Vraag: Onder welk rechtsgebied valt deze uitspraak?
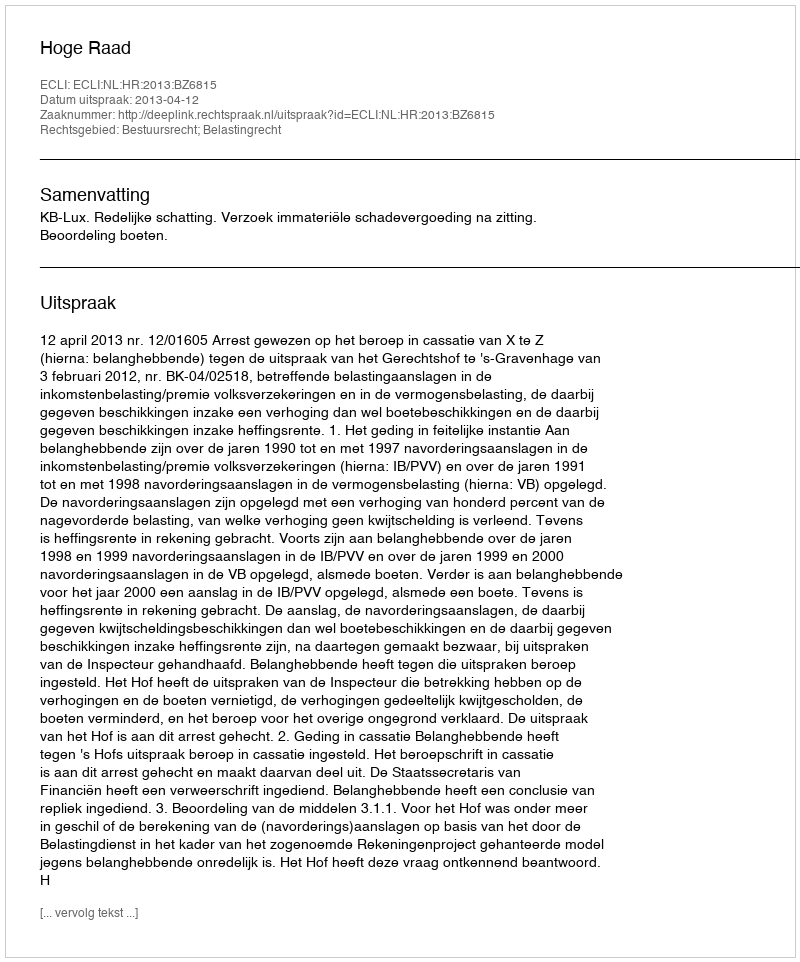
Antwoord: Bestuursrecht; Belastingrecht